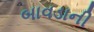
બાવડાની